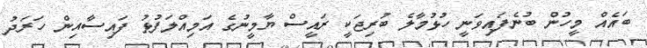
ބައެއް މީހުން ބުނެފައިވަނީ ހުޅުމާލެ ބުރިޖަކީ ރައީސް ޔާމީނުގެ އަމިއްލަފުޅު ފައިސާއިން ހަރަދު